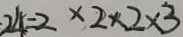
2 4 = 2 \times 2 \times 2 \times 3